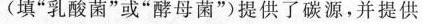
(填”乳酸菌”或”酵母菌”)提供了碳源，并提供